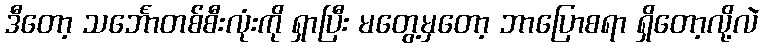
ဒီတော့ သင်္ဘောတစ်စီးလုံးကို ရှာပြီး မတွေ့မှတော့ ဘာပြောစရာ ရှိတော့လို့လဲ